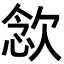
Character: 𣣈